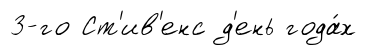
3-го Ст'ив'енс д'ень года́х